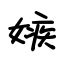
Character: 嫉